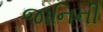
જાનિની